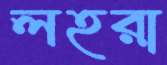
লহরা